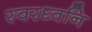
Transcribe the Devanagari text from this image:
स्वरध्वनि